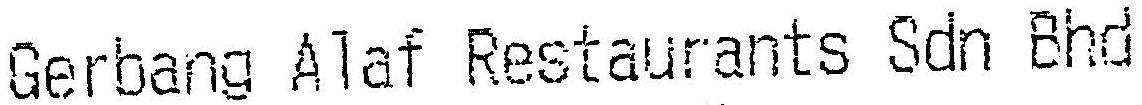
GERBANG ALAF RESTAURANTS SDN BHD